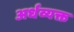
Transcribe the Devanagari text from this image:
अर्धव्यक्त